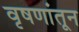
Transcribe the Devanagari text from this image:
वृषणांतून